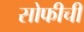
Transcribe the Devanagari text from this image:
सोफीची